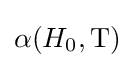
\alpha (H_{0},\mathrm {T} )